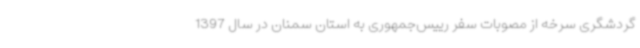
گردشگری سرخه از مصوبات سفر رییس‌جمهوری به استان سمنان در سال 1397